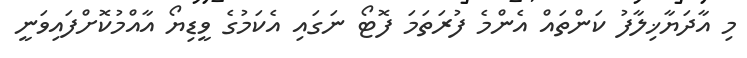
މި އާދަޔާޚިލާފު ކަންތައް އެންމެ ފުރަތަމަ ފޮޓޯ ނަގައި އެކަމުގެ ވީޑިޔޯ އާއްމުކޮށްފައިވަނީ